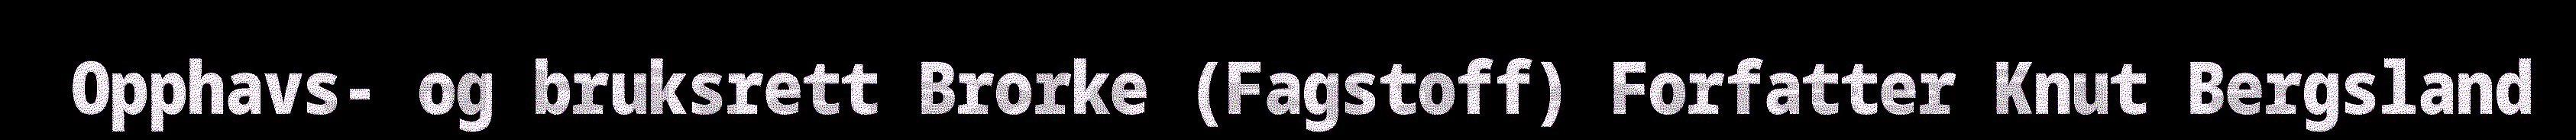
Opphavs- og bruksrett Brorke (Fagstoff) Forfatter Knut Bergsland